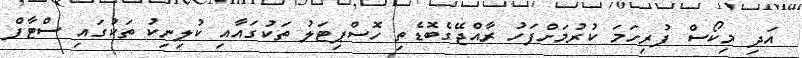
އަދި މިކޯސް ފުރިހަމަ ކުރުމަށްފަހު ރާއްޖޭގެބޮޑެތި ހޮސްޕިޓަލު ތަކުގައާއި ކުލިނިކު ތަކުގައި ސްޓާފް